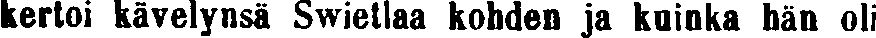
kertoi kävelynsä Swietlaa kohden ja kuinka hän oli